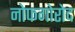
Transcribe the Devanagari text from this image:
नोफगोरोद